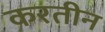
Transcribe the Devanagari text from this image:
करतीन